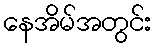
နေအိမ်အတွင်း